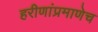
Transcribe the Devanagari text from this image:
हरीणांप्रमाणेच